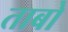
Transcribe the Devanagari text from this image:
ताबो